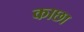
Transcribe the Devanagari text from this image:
काछा